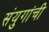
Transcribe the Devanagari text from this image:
संयुगांची